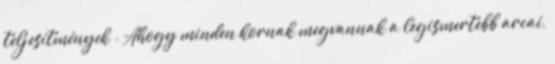
teljesítmények . Ahogy minden kornak megvannak a legismertebb arcai,